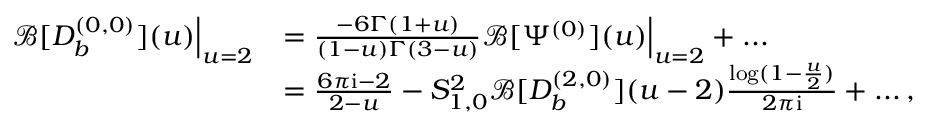
\begin{array} { r l } { \mathcal { B } [ D _ { b } ^ { ( 0 , 0 ) } ] ( u ) \Big | _ { u = 2 } } & { = \frac { - 6 \Gamma ( 1 + u ) } { ( 1 - u ) \Gamma ( 3 - u ) } \mathcal { B } [ \Psi ^ { ( 0 ) } ] ( u ) \Big | _ { u = 2 } + . . . } \\ & { = \frac { 6 \pi \mathrm { i } - 2 } { 2 - u } - S _ { 1 , 0 } ^ { 2 } \mathcal { B } [ D _ { b } ^ { ( 2 , 0 ) } ] ( u - 2 ) \frac { \log ( 1 - \frac { u } { 2 } ) } { 2 \pi \mathrm { i } } + . . . \, , } \end{array}